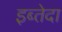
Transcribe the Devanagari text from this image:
इब्तेदा